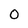
Character: 0